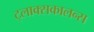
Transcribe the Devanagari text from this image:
ट्लाक्सकालन्स